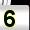
Digit: 5